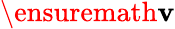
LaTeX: \ensuremath{\mathbf{v}}